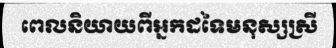
ពេលនិយាយពីអ្នកដទៃមនុស្សស្រី